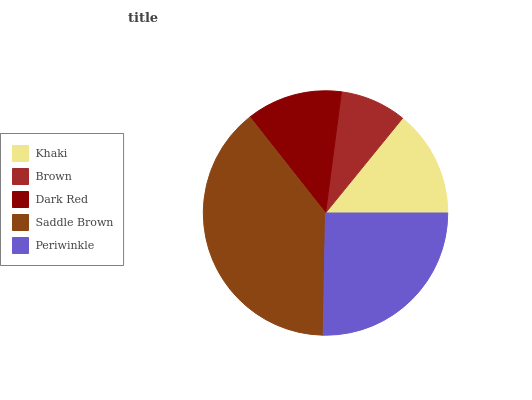
| Khaki | Brown | Dark Red | Saddle Brown | Periwinkle |
 | --- | --- | --- | --- | --- |
 | 14.1% | 8.79% | 12.7% | 39% | 25.3% |